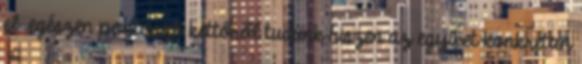
el .egészen pontosan kettőről tudunk hiszen az egyiket konkrétan